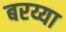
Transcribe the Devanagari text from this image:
बरय्या